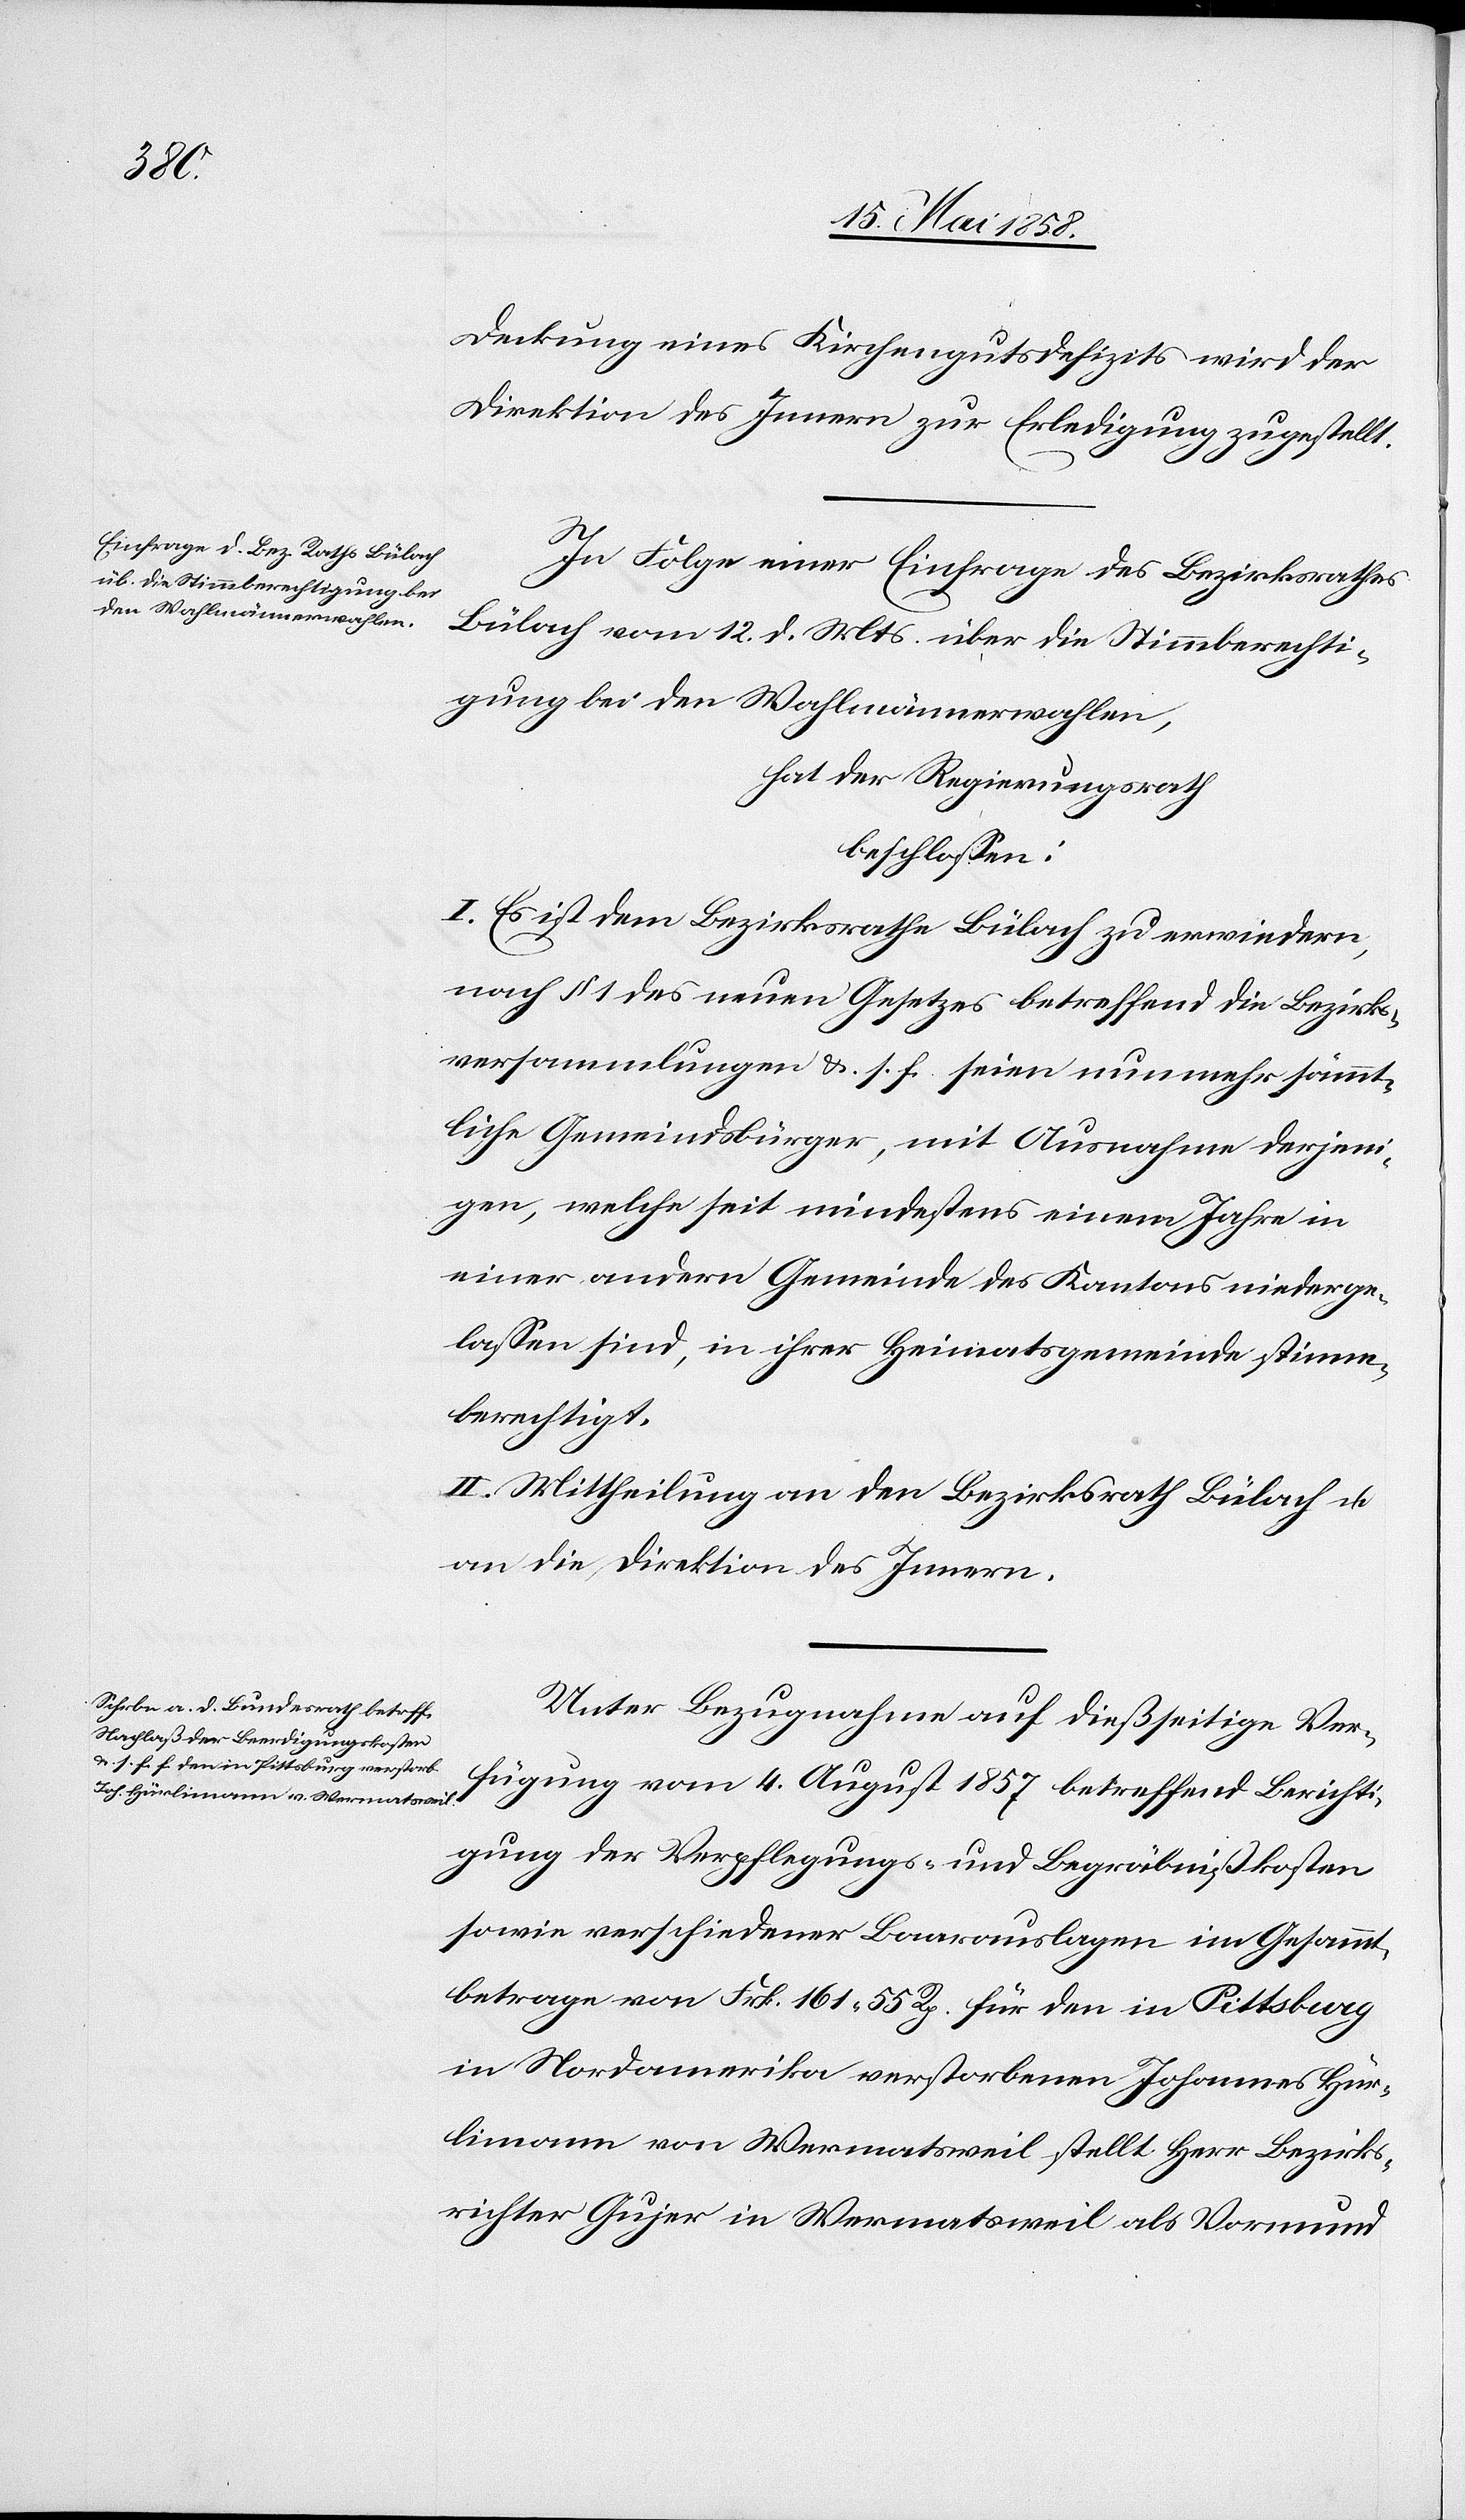
Deckung eines Kirchengutsdefizits wird der
Direktion des Innern zur Erledigung zugestellt
In Folge einer Einfrage des Bezirksrathes
Bülach vom 12. d. Mts. über die Stimmberechti¬
gung bei den Wahlmännerwahlen,
hat der Regierungsrath
beschlossen:
I. Es ist dem Bezirksrathe Bülach zu erwiedern,
nach § 1 des neuen Gesetzes betreffend die Bezirks¬
versammlungen u. s. f. seien nunmehr sämmt¬
liche Gemeindsbürger, mit Ausnahme derjeni¬
gen, welche seit mindestens einem Jahre in
einer andern Gemeinde des Kantons niederge¬
lassen sind, in ihrer Heimatsgemeinde stimm¬
berechtigt.
II. Mittheilung an den Bezirksrath Bülach u.
an die Direktion des Innern.
Unter Bezugnahme auf dießseitige Ver¬
fügung vom 4. August 1857 betreffend Berichti¬
gung der Verpflegungs- und Begräbnißkosten
sowie verschiedener Baarauslagen im Gesammt¬
betrage von Frk. 161 55 Rp. für den in Pittsburg
in Nordamerika verstorbenen Johannes Hür¬
limann von Wermatsweil stellt Herr Bezirks¬
richter Gujer in Wermatsweil als Vormund